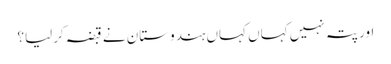
اور پتہ نہیں کہاں کہاں ہندوستان نے قبضہ کرلیا؟